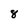
Character: 8